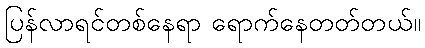
ပြန်လာရင်တစ်နေရာ ရောက်နေတတ်တယ်။